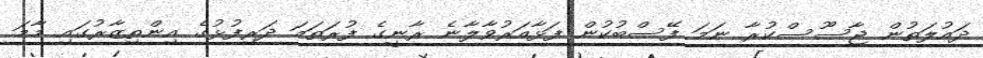
ދައުލަތުން ޖާސޫސްކުރާ ނަމަ ފޭސްބުކުން ފަޅާއަރުވާލާނެ ރާނީގެ ފުރަތަމަ ދަރިފުޅުގެ އިންތިޒާރުގައި މާމަ